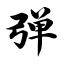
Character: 弹